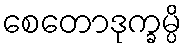
စေတောဒုက္ခမ္ပိ